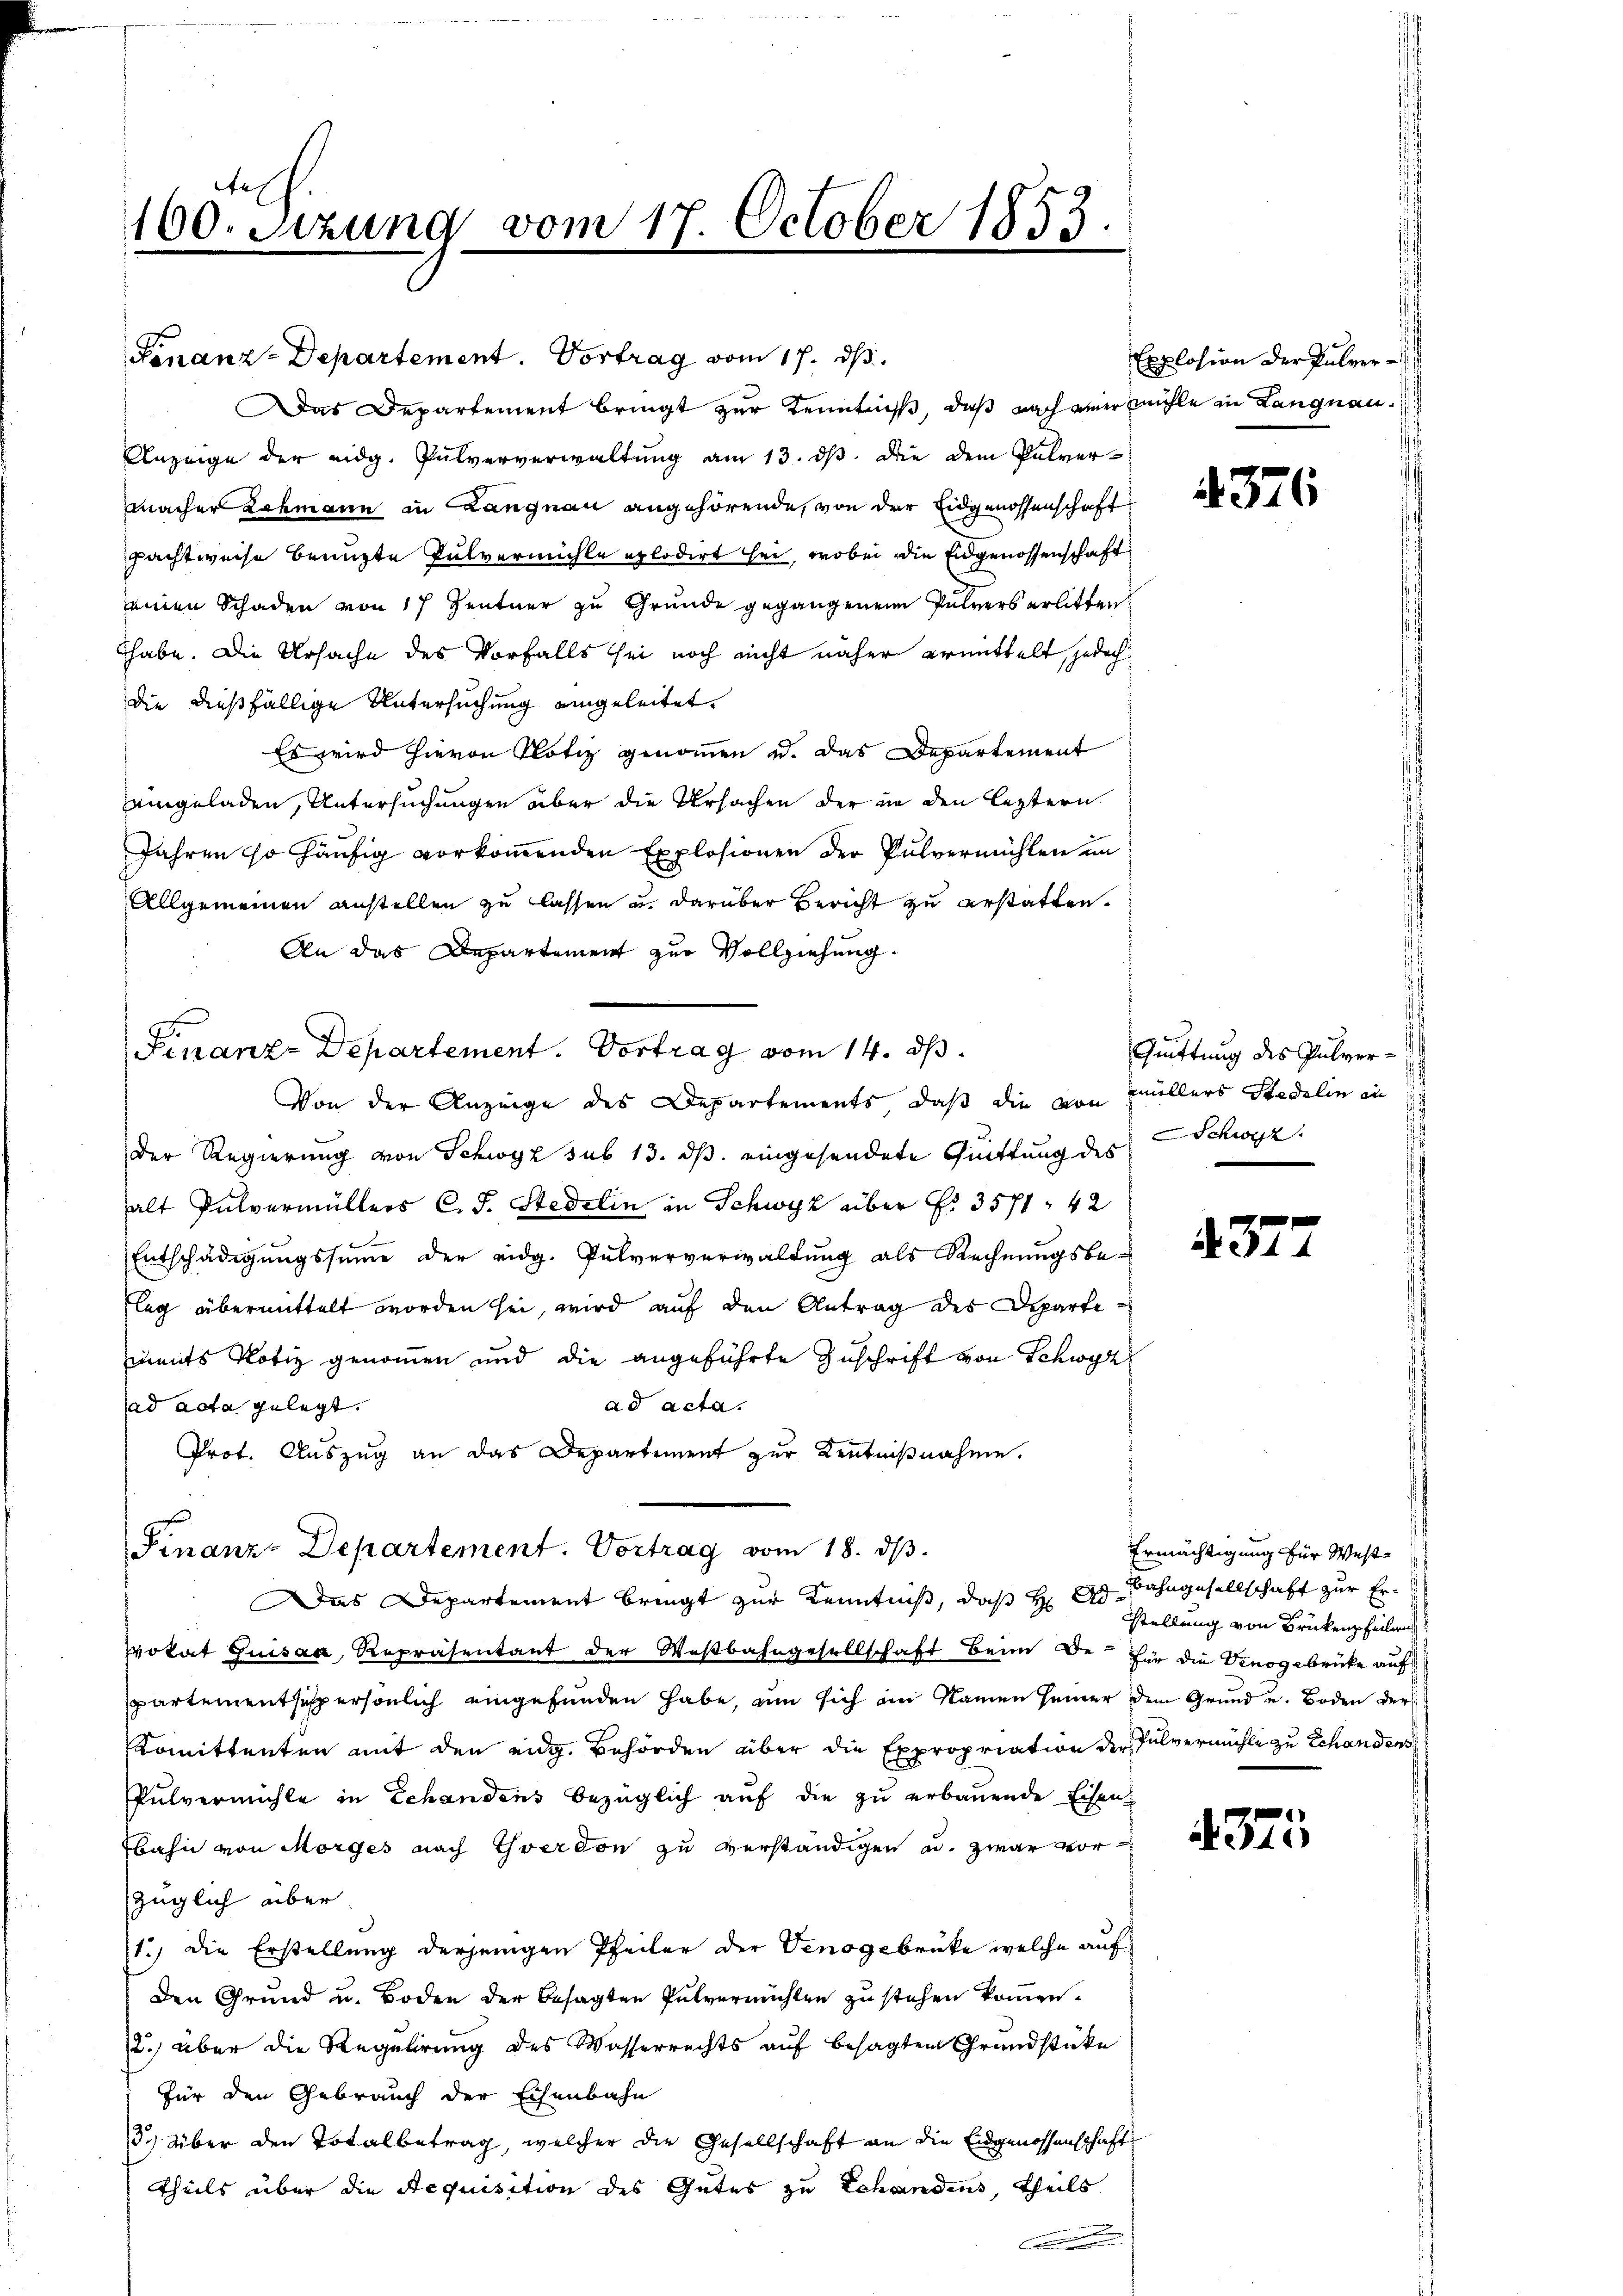
fes
160. Sizung vom 17. October 1853.

Finanz-Departement. Vortrag vom 17. ds.
Das Departement bringt zur Kenntniß, daß nach einer mühle in Langnau
Anzeige der eidg. Pulververwaltung am 13. ds. die dem Pulvermacher Lehmann in Langnau angehörende, von der Eidgenossenschaft
pachtweise benuzte Pulvermühle aplodirt sei, wobei die Eidgenossenschaft
einen Schaden von 17 Zentner zu Grunde gegangenen Pulvers erlitten
thabe. Die Ursache des Vorfalls sei noch nicht näher ermittelt, jedoch
die dießfällige Untersuchung eingeleitet.
Es wird hievon Notiz genommen u. das Departement
eingeladen, Untersuchungen aber die Ursachen der in den leztern
Jahren so häufig vorkommenden Explosionen der Pulvermühlen im
Allgemeinen anstellen zu lassen u. darüber Bericht zu erstatten.
An das Departement zur Vollziehung.
Von der Anzeige des Departements, daß die von Müllers Stadelin in
Der Regierung von Schwyz sub 13. ds. eingesendete Quittung des Schwyz,
alt Pulvermüllers C. J. Stadelin in Schwyz über Nr. 3571. 42
Entschädigungssumme der eidg. Pulververwaltung als Rechnungsbeleg übermittelt worden sei, wird auf den Antrag des Departeinmts Notiz genommen und die angeführte Zuschrift von Schwyz
ad acta.
ad acta gelegt.
Prof. Auszug an das Departiment zur Kenntnißnahme.
Finanz-Departement. Vortrag vom 18. ds.
Das Departement bringt zur Kenntniß, daß H: Dr Bahngesellschaft zur Er-
vokat Guisau, Repräsentant der Weßbahngesellschaft beim Be- für die Venogebrücke auf
spartementsespersönlich eingefunden habe, um sich am Namen seiner dem Grund u. Boden der
Komittenten mit den eidg. Behörden über die Expropriation der Pulvermühle zu Schandens
Pulvermühle in Echandens bezüglich auf die zu erbauende Eisen-
bahn von Morges nach verdon zu verständigen u. zwar vor
züglich aber
1.) Die Erstellung derjenigen Pfeiler der Venogebrücke welche auf
Den Grund u. Boden der besagten Pulvermühlen zu stehen kommen.
2. über die Regulirung des Wasserrechts auf besagten Grundstücke
Für den Gebrauch der Eisenbahn
3.) Über den Totalbetrag, welcher die Gesellschaft an die Eidgenossenschaft
theils über die Aequisition des Gutes zu Schandens, theils
.

Finanz-Departement. Vortrag vom 14. ds.

Explosion der Pulver

4376

Quittung des Pulver¬

377

Ermächtigung für West
Stellung von Brükenz heilen

375